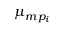
\mu _ { m p _ { i } }